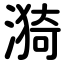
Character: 漪